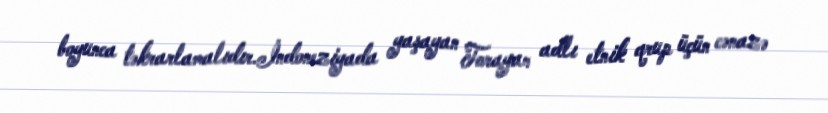
boyunca təkrarlamalıdır.İndoneziyada yaşayan Torayan adlı etnik qrup üçün cənazə